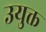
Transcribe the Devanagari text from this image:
उयुक्त